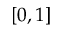
\left[ 0 , 1 \right]